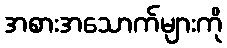
အစားအသောက်များကို